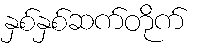
နှစ်နှစ်ဆက်တိုက်